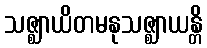
သဇ္ဈာယိတမနုသဇ္ဈာယန္တိ